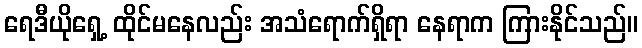
ရေဒီယိုရှေ့ ထိုင်မနေလည်း အသံရောက်ရှိရာ နေရာက ကြားနိုင်သည်။